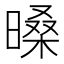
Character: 𣉕